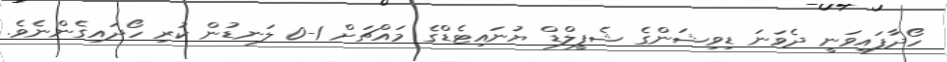
ހޯދާފައިވަނީ ދެވަނަ ޑިވިޝަންގެ ޝެފީލްޑް ޔުނައިޓެޑްގެ މައްޗަށް 1-0 ލަނޑުން ކުރި ހޯދައިގެންނެވެ.